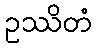
ဥဿိတံ